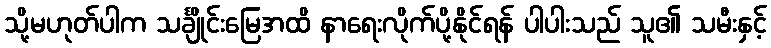
သို့မဟုတ်ပါက သင်္ချိုင်းမြေအထိ နာရေးလိုက်ပို့နိုင်ရန် ပါပါးသည် သူ၏ သမီးနှင့်